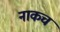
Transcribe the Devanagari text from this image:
नाकच